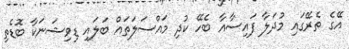
އޭގެ ތެރޭގައި މުދަލާ ފައިސާއާ ބެހޭ ކުދި މައްސަލަތައް ބަލައި ޑިވިޝަނަކާ ބޮޑެތި